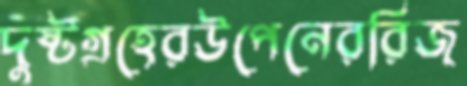
দুষ্টগ্রহেরউপেনেররিজ